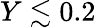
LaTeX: Y\lesssim 0.2